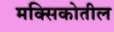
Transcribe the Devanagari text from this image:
मक्सिकोतील